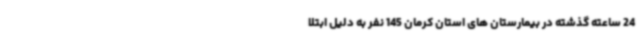
24 ساعته گذشته در بیمارستان های استان کرمان 145 نفر به دلیل ابتلا